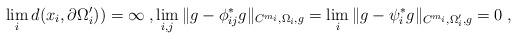
LaTeX: \begin{align*}\lim_id(x_i,\partial\Omega'_i))=\infty\;,\lim_{i,j}\|g-\phi_{ij}^*g\|_{C^{m_i},\Omega_i,g}=\lim_i\|g-\psi_i^*g\|_{C^{m_i},\Omega'_i,g}=0\;,\end{align*}